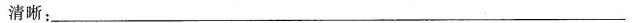
清晰；__________